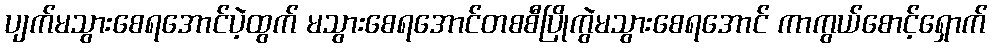
ပျက်မသွားစေရအောင်ပဲ့ထွက် မသွားစေရအောင်တစစီပြိုကွဲမသွားစေရအောင် ကာကွယ်စောင့်ရှောက်